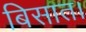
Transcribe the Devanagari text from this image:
बिसात।